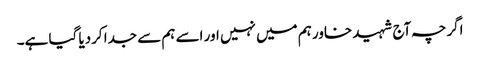
اگرچہ آج شہید خاور ہم میں نہیں اور اسے ہم سے جدا کردیا گیا ہے۔